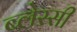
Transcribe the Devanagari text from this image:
ब्लेस्सी